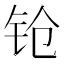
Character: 𬬰